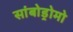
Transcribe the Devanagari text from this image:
सांबोड्रोमो